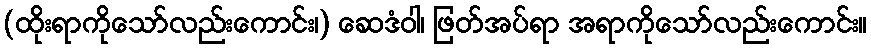
(ထိုးရာကိုသော်လည်းကောင်း၊) ဆေဒံဝါ၊ ဖြတ်အပ်ရာ အရာကိုသော်လည်းကောင်း။